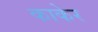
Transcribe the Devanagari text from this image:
काकेर